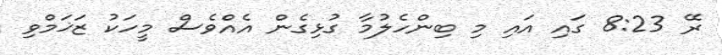
ރޭ 8:23 ގައި އައި މި ބިންހެލުމާ ގުޅިގެން އެއްވެސް މީހަކު ޒަޚަމްވި